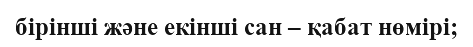
бірінші және екінші сан – қабат нөмірі;